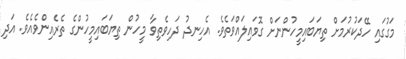
މަގުގައި ހޭދަކުރުމަށް ތިޔަބައިމީހުންނަށް ގޮވައިލައްވަތެވެ. އެހިނދު ދަހިވެތިވާ މީހުން ތިޔަބައިމީހުންގެ ތެރެއިންވެއެވެ. އަދި